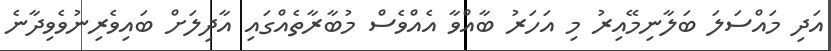
އަދި މައްސަލަ ބަލާނިމޭއިރު މި އަހަރު ބާއްވާ އެއްވެސް މުބާރާތެއްގައި އާދިލަށް ބައިވެރިނުވެވިދާނެ